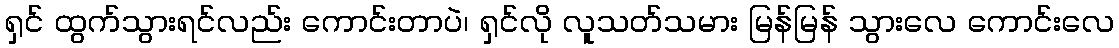
ရှင် ထွက်သွားရင်လည်း ကောင်းတာပဲ၊ ရှင်လို လူသတ်သမား မြန်မြန် သွားလေ ကောင်းလေ